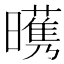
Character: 𣋭